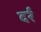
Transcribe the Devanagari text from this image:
दर्र